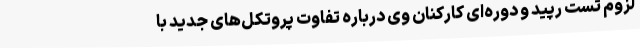
لزوم تست رپید و دوره‌ای کارکنان وی درباره تفاوت پروتکل‌های جدید با